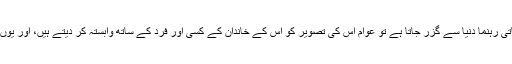
جب کوئی مقبول اور کرشماتی رہنما دنیا سے گزر جاتا ہے تو عوام اس کی تصویر کو اس کے خاندان کے کسی اور فرد کے ساتھ وابستہ کر دیتے ہیں، اور یوں یہ سلسلہ آگے چلتا رہتا ہے۔